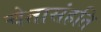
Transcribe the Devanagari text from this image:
चेतासंहति